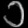
Digit: ၁